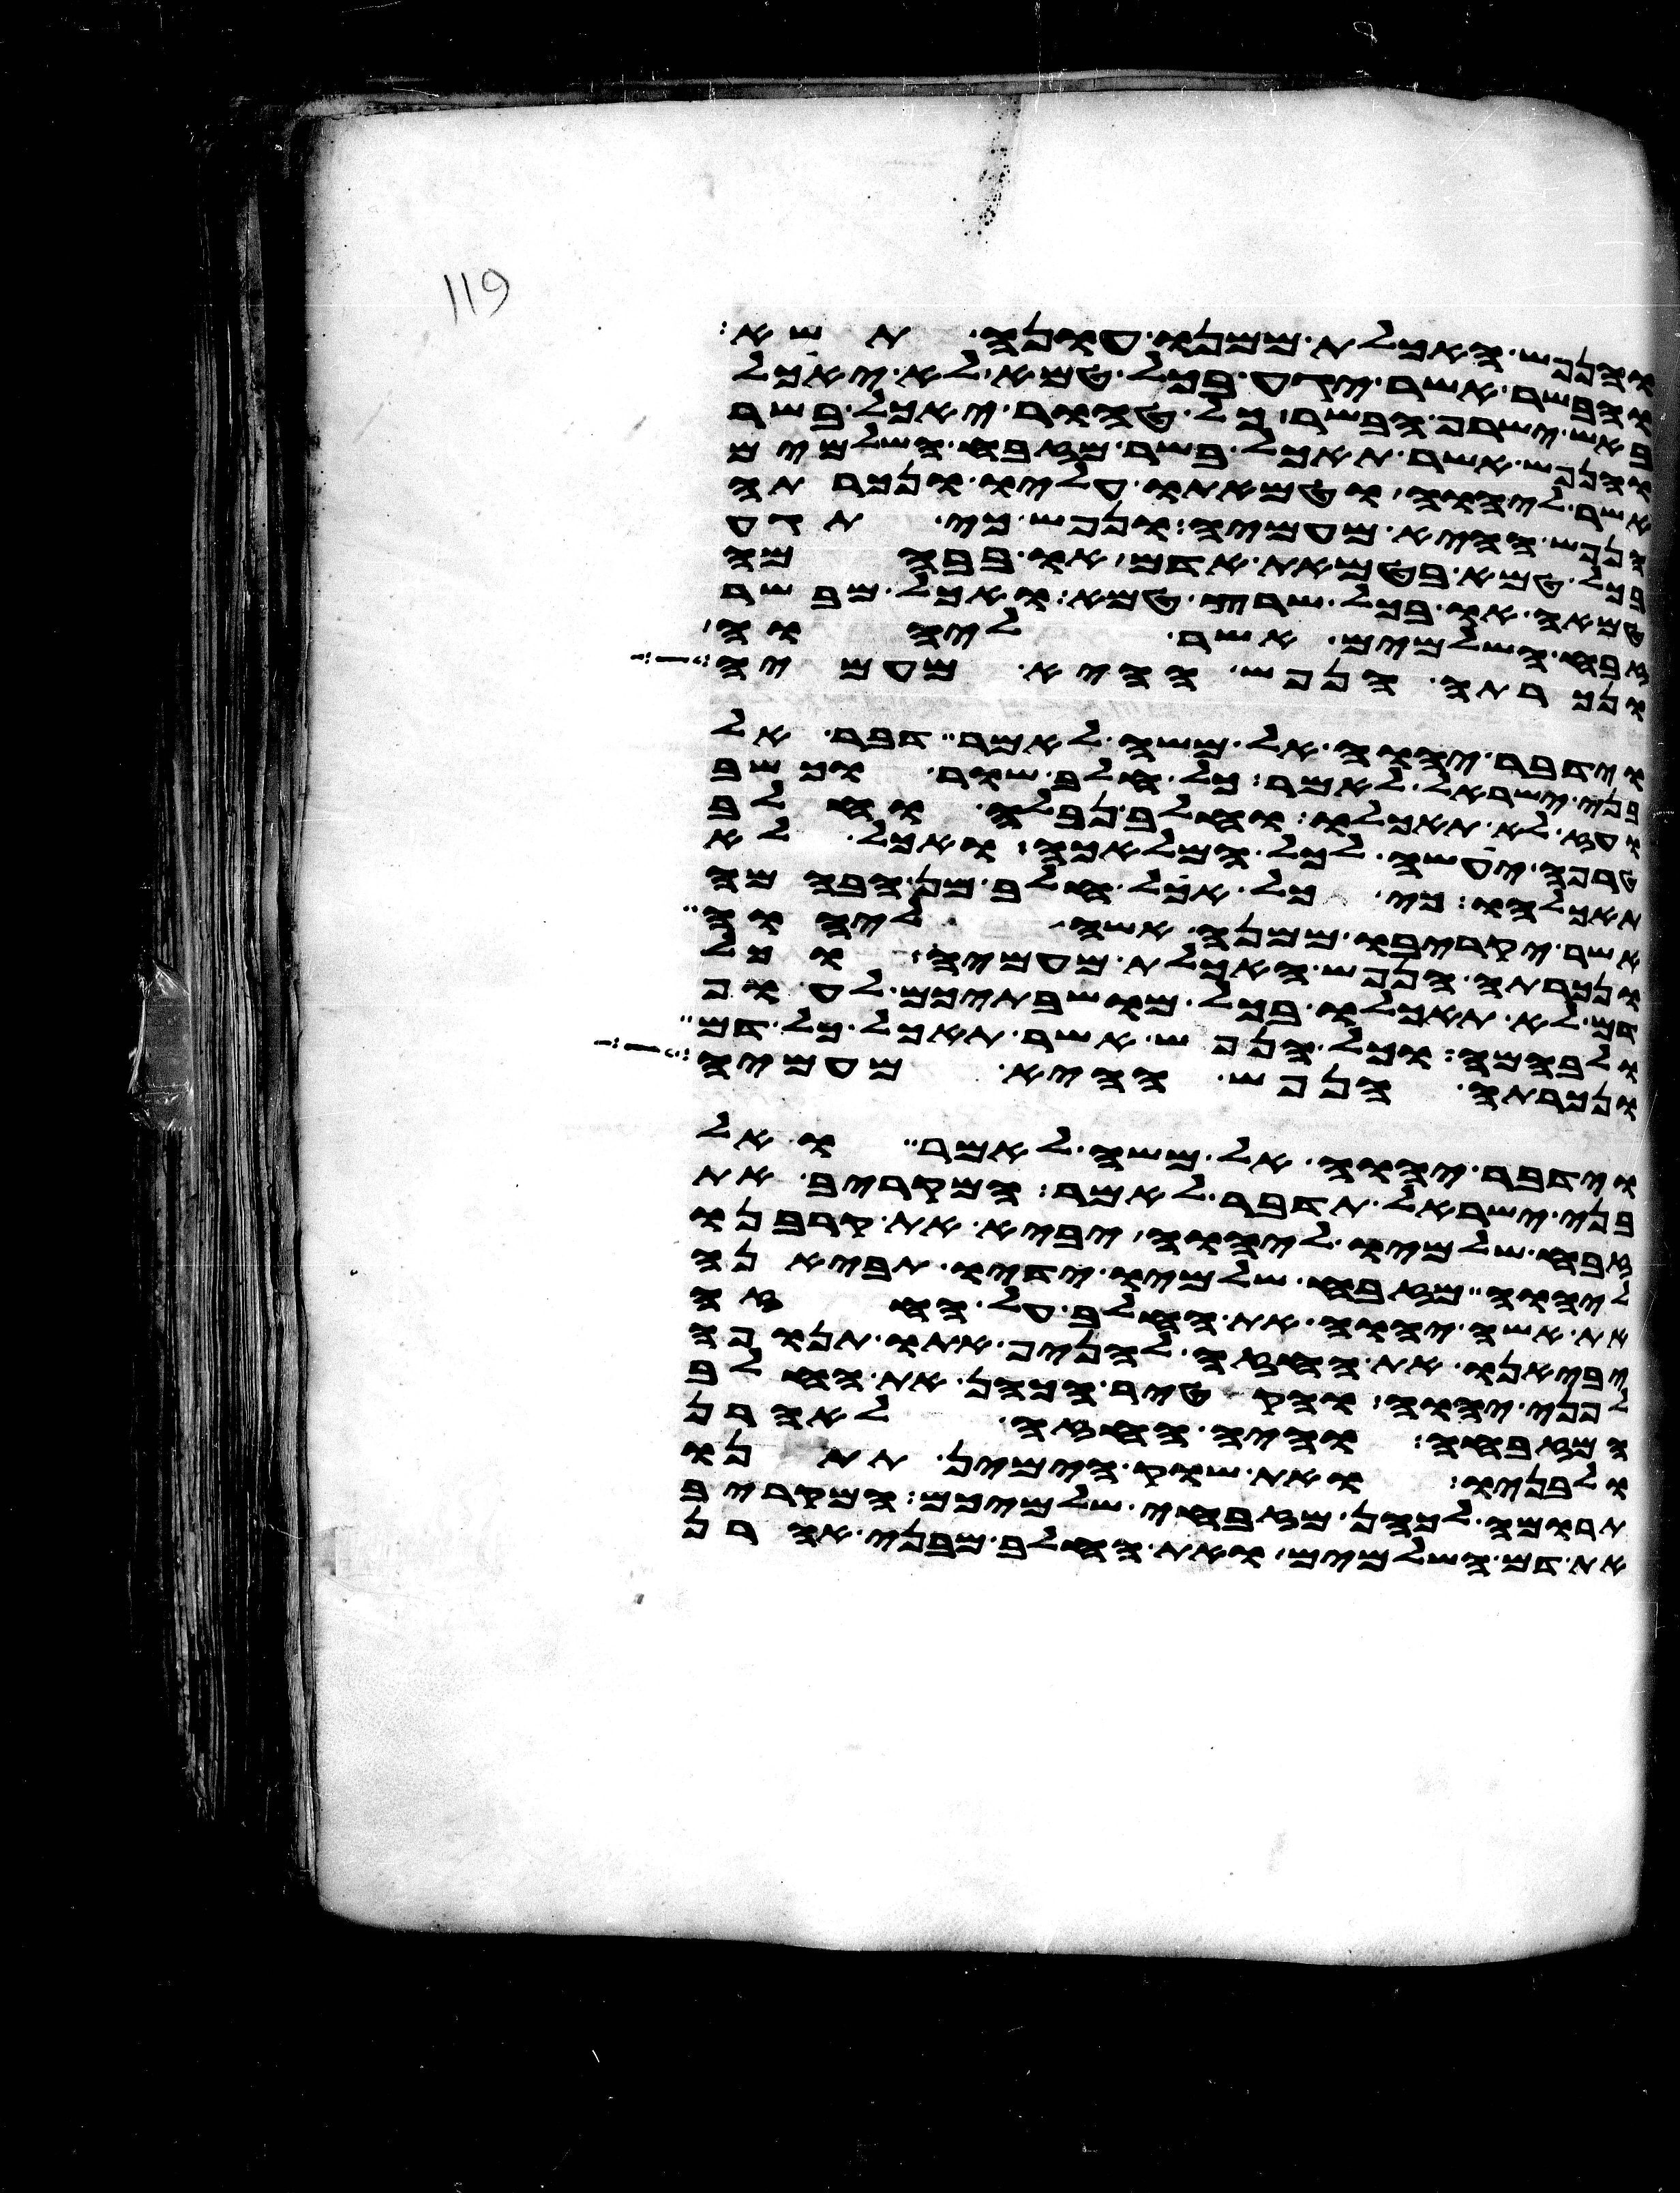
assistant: והנפש האכלת ממנו עונה תשא
והבשר אשר יגע בכל טמא לא יאכל
באש ישרף הבשר כל טהור יאכל בשר
והנפש אשר תאכל בשר מזבח השלמים
אשר ליהוה וטמאתו עליו ונכרתה
הנפש ההיא מעמיה ונפש כי תגע
בכל טמא בטמאת אדם או בבהמה
טמאה או בכל שרץ טמא ואכל מבשר
זבח השלמים אשר ליהוה
ונכרתה הנפש ההיא מעמיה
וידבר יהוה אל משה לאמר דבר אל
בני ישראל לאמר כל חלב שור וכשב
ועז לא תאכלו וחלב נבלה וחלב
טרפה יעשה לכל המלאכה ואכל לא
תאכלהו כי כל אכל חלב מן הבהמה
אשר יקריבו ממנה אשה ליהוה
ונכרתה הנפש האכלת מעמיה וכל
דם לא תאכלו בכל מושבתיכם לעוף
ולבהמה וכל הנפש אשר תאכל כל דם
ונכרתה הנפש ההיא מעמיה
וידבר יהוה אל משה לאמר ואל
בני ישראל תדבר לאמר המקריב את
זבח שלמיו ליהוה יביא את קרבנו
ליהוה מזבח שלמיו ידיו תביאנה
את אשי יהוה את החלב על החזה
יביאנו את החזה להניף אתו תנופה
לפני יהוה והקטיר הכהן את החלב
המזבחה והיה החזה לאהרן
ולבניו ואת שוק הימין תתנו
תרומה לכהן מזבחי שלמיכם המקריב
את דם השלמים ואת החלב מבני אהרן